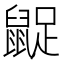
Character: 𪕝